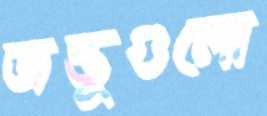
জন্তুগুলো